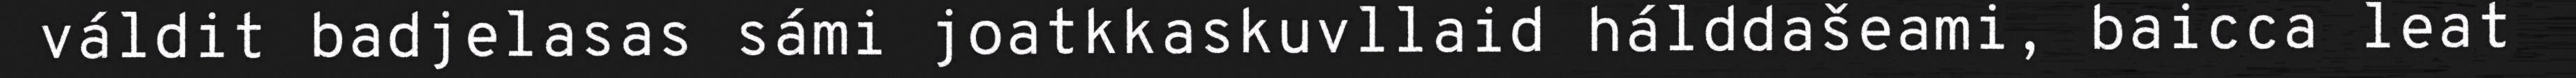
váldit badjelasas sámi joatkkaskuvllaid hálddašeami, baicca leat